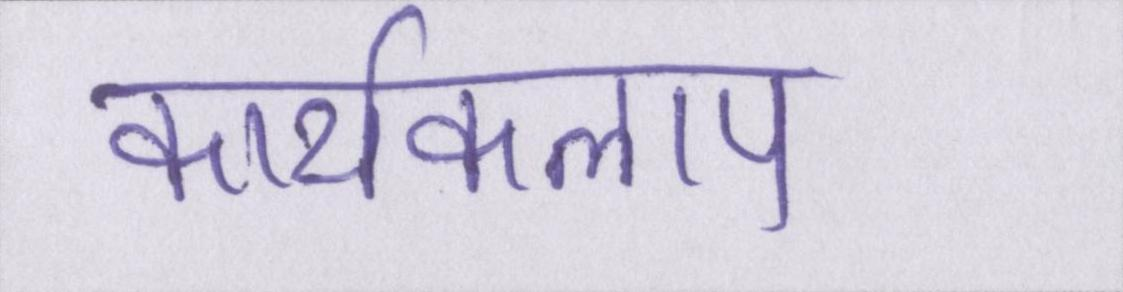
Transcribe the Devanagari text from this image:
कार्यकलाप